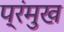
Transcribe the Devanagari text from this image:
प्रंमुख